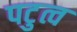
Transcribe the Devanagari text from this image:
पटुत्व